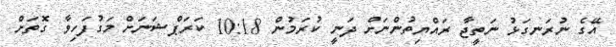
އޭގެ ނުރަނގަޅު ނަތީޖާ ރައްޔިތުންނަށް ދަނީ ކުރަމުން 10:18 ކަރަޕްޝަނަށް މަގުފަހިވާ ގޮތަށް